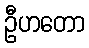
ဦဟတော